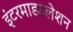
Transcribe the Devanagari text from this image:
इंटरमाडउलेशन